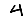
Digit: 4